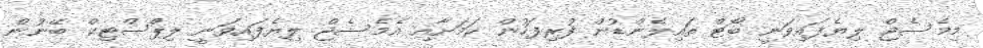
މިމެސެޖް ލިޔެފައިވަނީ ބޯޓް ތައިލެންޑުން ފުރިފަހުން ކަމަށާއި އެމެސެޖް ލިޔެފައިވަނީ ލިޕްސްޓިކް ބޭނުން